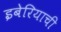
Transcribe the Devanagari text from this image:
इबेरियाची